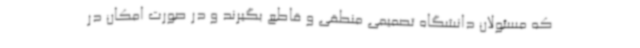
که مسئولان دانشگاه تصمیمی منطقی و قاطع بگیرند و در صورت امکان در